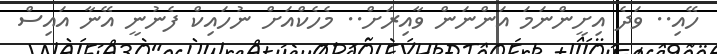
ހޭއި.. ވަދެ އިށީންނަމަ އަންނަން ވާއިރަށް.. މެހެކްއަށް ނުހައިކް ފެނުނީ އޭނާ އައިސް